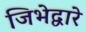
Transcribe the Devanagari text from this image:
जिभेद्वारे